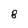
Character: 8